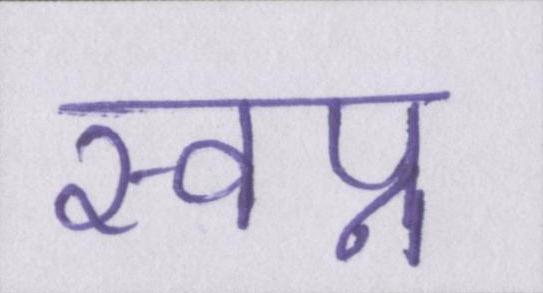
स्वप्न